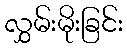
လွှမ်းမိုးခြင်း